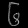
Digit: ၆